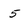
Character: 5